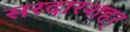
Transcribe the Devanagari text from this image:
सरदारशहर्